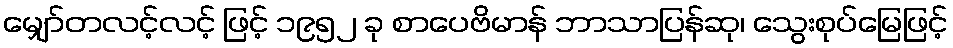
မျှော်တလင့်လင့် ဖြင့် ၁၉၅၂ ခု စာပေဗိမာန် ဘာသာပြန်ဆု၊ သွေးစုပ်မြေဖြင့်